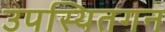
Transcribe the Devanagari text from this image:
उपस्थितगन